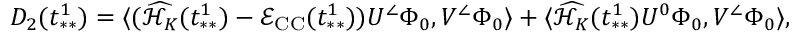
\begin{array} { r } { D _ { 2 } ( t _ { * * } ^ { 1 } ) = \langle ( \widehat { \mathcal { H } _ { K } } ( t _ { * * } ^ { 1 } ) - \mathcal { E } _ { \mathrm { C C } } ( t _ { * * } ^ { 1 } ) ) U ^ { \angle } \Phi _ { 0 } , V ^ { \angle } \Phi _ { 0 } \rangle + \langle \widehat { \mathcal { H } _ { K } } ( t _ { * * } ^ { 1 } ) U ^ { 0 } \Phi _ { 0 } , V ^ { \angle } \Phi _ { 0 } \rangle , } \end{array}